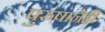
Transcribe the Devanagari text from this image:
पुरुषानेही